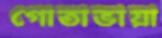
গোতাভায়া